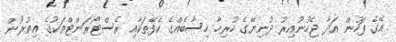
އޭގެ ފަހުން އަދާ ޖެހުނުއިރު ދުނިޔޭގެ ހުރިހާ ހިސާބެއްގެ ކެފޭތަކާއި ރެސްޓޯރަންޓްތަކުގެ އިތުރުން